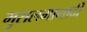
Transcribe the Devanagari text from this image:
मुसलमानादी